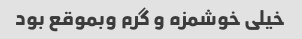
خیلی خوشمزه و گرم وبموقع بود